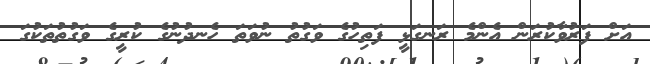
އަށް ފަރުވާކުރަން އެންމެ ރަނގަޅީ ފަތިހުގެ ވަގުތު ނުވަތަ ހެނދުނުގެ ކުރީގެ ވަގުތުތަކުގަ